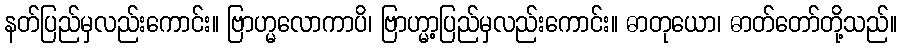
နတ်ပြည်မှလည်းကောင်း။ ဗြာဟ္မလောကာပိ၊ ဗြာဟ္မာ့ပြည်မှလည်းကောင်း။ ဓာတုယော၊ ဓာတ်တော်တို့သည်။